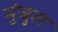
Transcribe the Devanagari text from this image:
मुंजुल